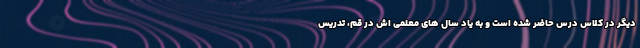
دیگر در کلاس درس حاضر شده است و به یاد سال های معلمی اش در قم، تدریس